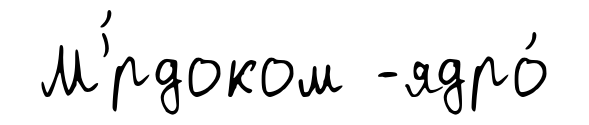
М'́рдоком -ядро́